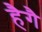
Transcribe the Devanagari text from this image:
हैगै